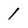
Character: 1